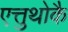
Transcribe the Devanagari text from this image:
एत्तुथोकै